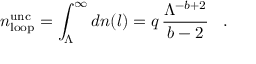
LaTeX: n _ { \mathrm { l o o p } } ^ { \mathrm { u n c } } = \int _ { \Lambda } ^ { \infty } d n ( l ) = q \, \frac { \Lambda ^ { - b + 2 } } { b - 2 } \, \, \, \, \, . \, \, \, \, \,